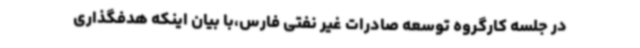
در جلسه کارگروه توسعه صادرات غیر نفتی فارس،با بیان اینکه هدفگذاری